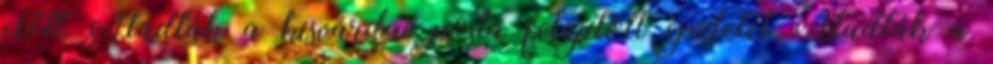
előtt Átadták a kisvárdai posta felújított épületét Átadták a